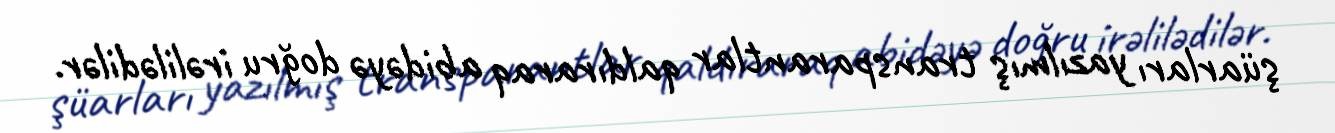
şüarları yazılmış transparantlar qaldıraraq abidəyə doğru irəlilədilər.